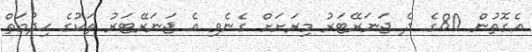
އެގޮތުން 80ގެ ދެ ޖަނަރޭޓަރު މިރަށަށް ގެނެވި އެ ޖަނަރޭޓަރު ތަކުގެ ޙިދުމަތް